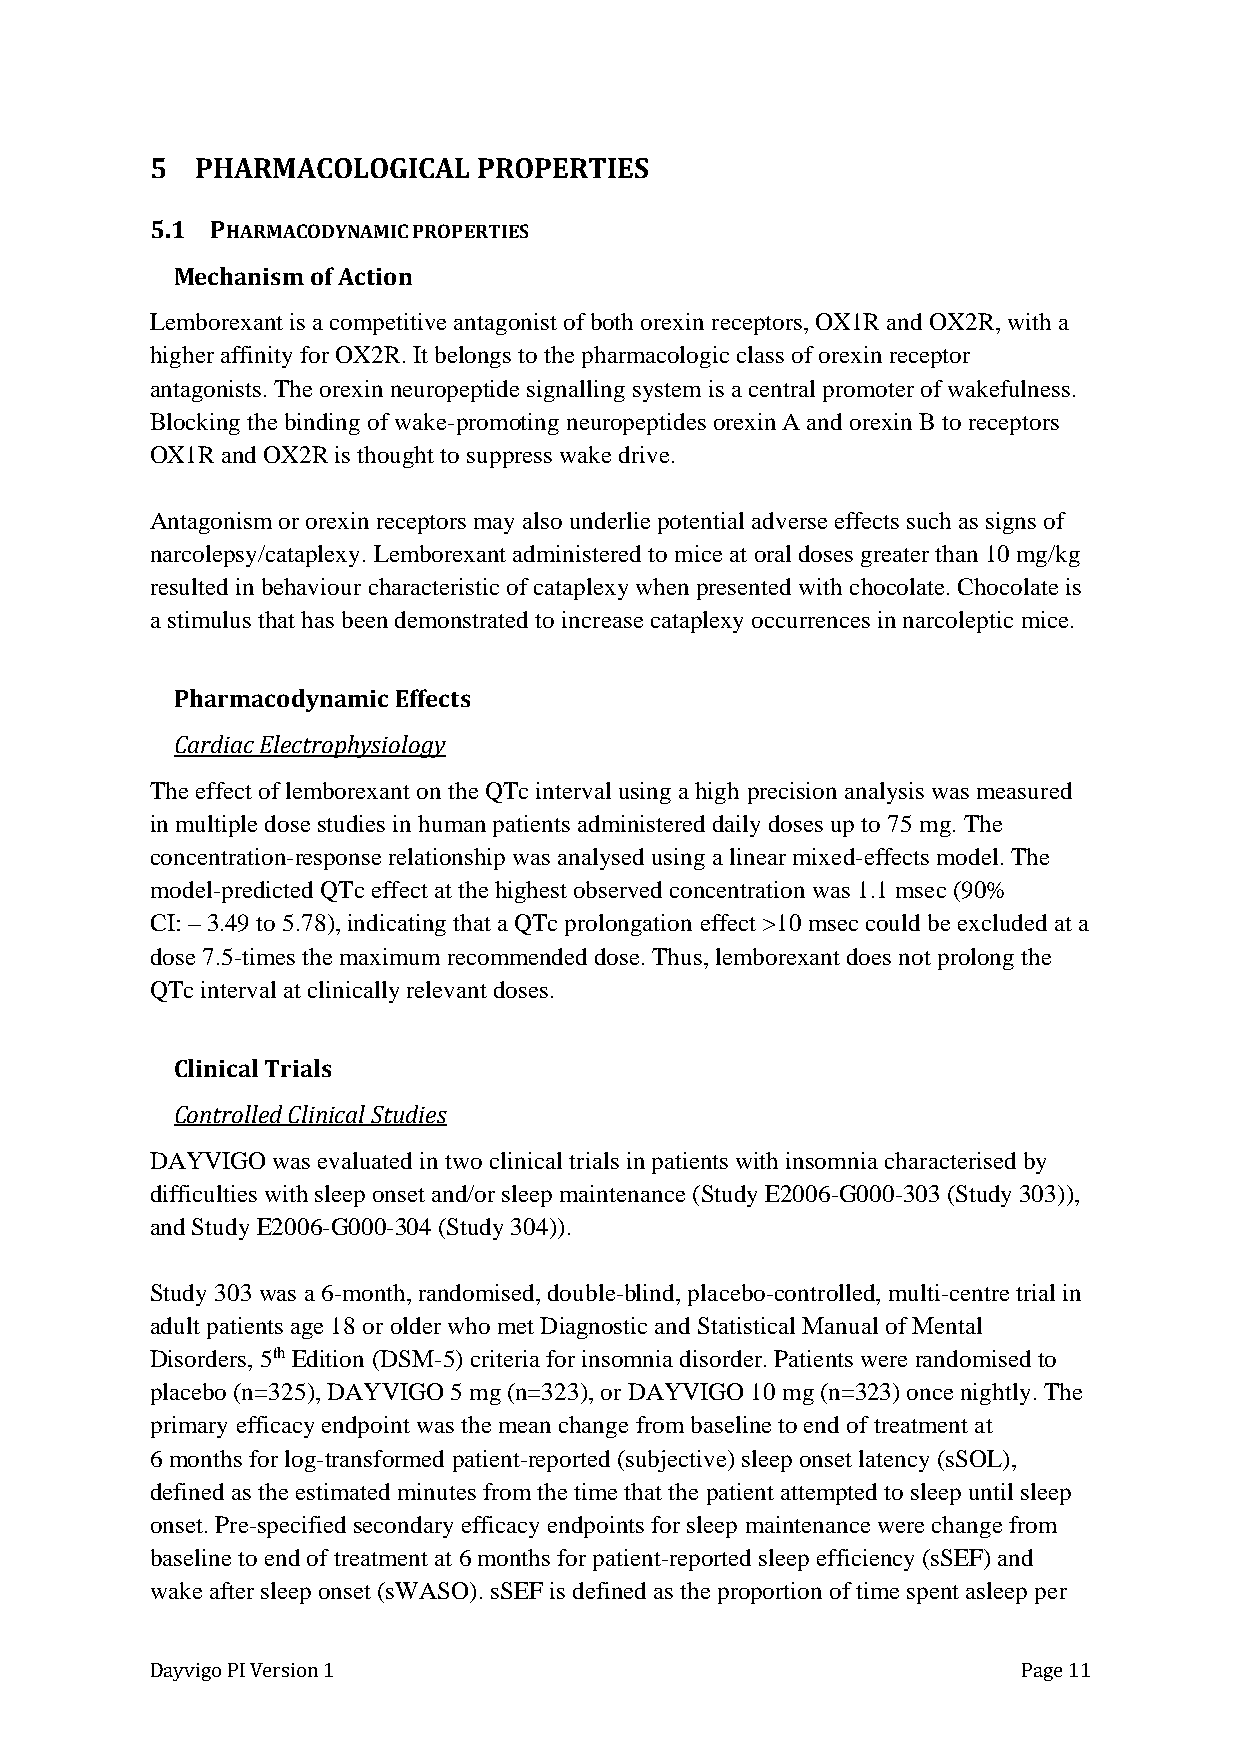
5  PHARMACOLOGICAL    PROPERTIES
 5.1 PHARMACODYNAMIC PROPERTIES
 Mechanism of Action
 Lemborexant is a competitive antagonist of both orexin receptors, OX1R and OX2R, with a
 higher affinity for OX2R. It belongs to the pharmacologic class of orexin receptor
 antagonists. The orexin neuropeptide signalling system is a central promoter of wakefulness.
 Blocking the binding of wake-promoting neuropeptides orexin A and orexin B to receptors
 OX1R and OX2R is thought to suppress wake drive.
 Antagonism or orexin receptors may also underlie potential adverse effects such as signs of
 narcolepsy/cataplexy. Lemborexant administered to mice at oral doses greater than 10 mg/kg
 resulted in behaviour characteristic of cataplexy when presented with chocolate. Chocolate is
 a stimulus that has been demonstrated to increase cataplexy occurrences in narcoleptic mice.
 Pharmacodynamic Effects
 Cardiac Electrophysiology
 The effect of lemborexant on the QTc interval using a high precision analysis was measured
 in multiple dose studies in human patients administered daily doses up to 75 mg. The
 concentration-response relationship was analysed using a linear mixed-effects model. The
 model-predicted QTc effect at the highest observed concentration was 1.1 msec (90%
 CI: – 3.49 to 5.78), indicating that a QTc prolongation effect >10 msec could be excluded at a
 dose 7.5-times the maximum recommended dose. Thus, lemborexant does not prolong the
 QTc interval at clinically relevant doses.
 Clinical Trials
 Controlled Clinical Studies
 DAYVIGO was evaluated in two clinical trials in patients with insomnia characterised by
 difficulties with sleep onset and/or sleep maintenance (Study E2006-G000-303 (Study 303)),
 and Study E2006-G000-304 (Study 304)).
 Study 303 was a 6-month, randomised, double-blind, placebo-controlled, multi-centre trial in
 adult patients age 18 or older who met Diagnostic and Statistical Manual of Mental
 Disorders, 5th Edition (DSM-5) criteria for insomnia disorder. Patients were randomised to
 placebo (n=325), DAYVIGO 5 mg (n=323), or DAYVIGO 10 mg (n=323) once nightly. The
 primary efficacy endpoint was the mean change from baseline to end of treatment at
 6 months for log-transformed patient-reported (subjective) sleep onset latency (sSOL),
 defined as the estimated minutes from the time that the patient attempted to sleep until sleep
 onset. Pre-specified secondary efficacy endpoints for sleep maintenance were change from
 baseline to end of treatment at 6 months for patient-reported sleep efficiency (sSEF) and
 wake after sleep onset (sWASO). sSEF is defined as the proportion of time spent asleep per
 Dayvigo PI Version 1                                      Page 11